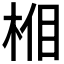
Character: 𣒦